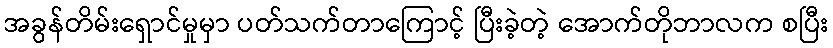
အခွန်တိမ်းရှောင်မှုမှာ ပတ်သက်တာကြောင့် ပြီးခဲ့တဲ့ အောက်တိုဘာလက စပြီး